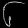
Digit: ၆